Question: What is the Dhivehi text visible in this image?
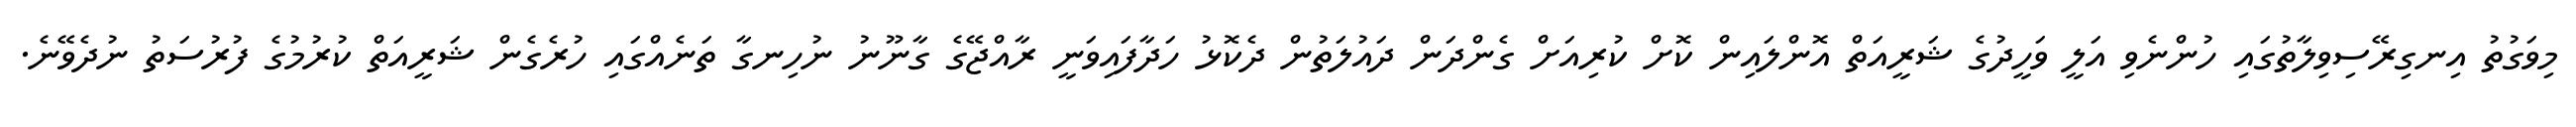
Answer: މިވަގުތު އިނގިރޭސިވިލާތުގައި ހުންނެވި އަލީ ވަހީދުގެ ޝަރީއަތް އޮންލައިން ކޮށް ކުރިއަށް ގެންދަން ދައުލަތުން ދެކޮޅު ހަދާފައިވަނީ ރާއްޖޭގެ ގާނޫނު ނުހިނގާ ތަނެއްގައި ހުރެގެން ޝަރީއަތް ކުރުމުގެ ފުރުސަތު ނުދެވޭނެ.